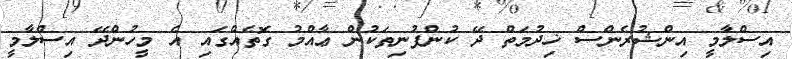
އިސްލާމީ އިންޝުރެންސް ޚިދުމަތް ދޭ ކުންފުނިތަކުން ޢާއްމު ގޮތެއްގައި އެ މީހުންދޭ އިސްލާމީ